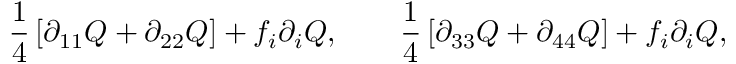
\frac { 1 } { 4 } \left[ \partial _ { 1 1 } Q + \partial _ { 2 2 } Q \right] + f _ { i } \partial _ { i } Q , \qquad \frac { 1 } { 4 } \left[ \partial _ { 3 3 } Q + \partial _ { 4 4 } Q \right] + f _ { i } \partial _ { i } Q ,